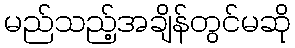
မည်သည့်အချိန်တွင်မဆို